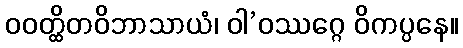
ဝဝတ္ထိတဝိဘာသာယံ၊ ဝါ’ဝဿဂ္ဂေ ဝိကပ္ပနေ။